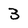
Character: 3